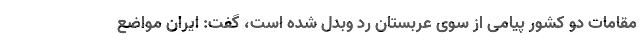
مقامات دو کشور پیامی از سوی عربستان رد وبدل شده است، گفت: ایران مواضع